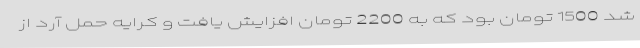
شد 1500 تومان بود که به 2200 تومان افزایش یافت و کرایه حمل آرد از